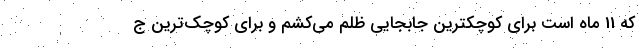
که 11 ماه است برای کوچکترین جابجایی ظلم می‌کشم و برای کوچک‌ترین ج